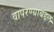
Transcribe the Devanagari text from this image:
वापरण्याबद्दल